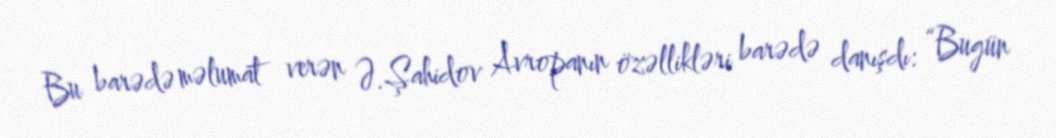
Bu barədə məlumat verən Ə.Şahidov Avropanın özəllikləri barədə danışdı: “Bugün